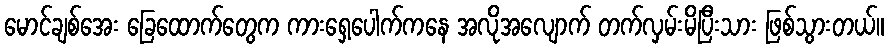
မောင်ချစ်အေး ခြေထောက်တွေက ကားရှေ့ပေါက်ကနေ အလိုအလျောက် တက်လှမ်းမိပြီးသား ဖြစ်သွားတယ်။